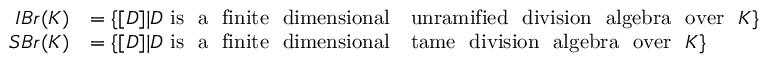
\begin{array} { r l } { I B r ( K ) } & { = \{ [ D ] | D \mathrm { ~ i s ~ ~ a ~ ~ f i n i t e ~ ~ d i m e n s i o n a l ~ ~ ~ u n r a m i f i e d ~ ~ d i v i s i o n ~ ~ a l g e b r a ~ ~ o v e r ~ ~ } K \} } \\ { S B r ( K ) } & { = \{ [ D ] | D \mathrm { ~ i s ~ ~ a ~ ~ f i n i t e ~ ~ d i m e n s i o n a l ~ ~ ~ t a m e ~ ~ d i v i s i o n ~ ~ a l g e b r a ~ ~ o v e r ~ ~ } K \} } \end{array}